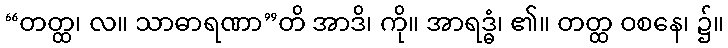
“တတ္ထ၊ လ။ သာဓာရဏာ”တိ အာဒိ၊ ကို။ အာရဒ္ဓံ၊ ၏။ တတ္ထ ဝစနေ၊ ၌။